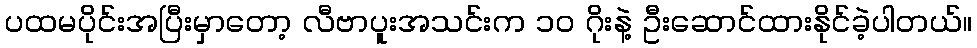
ပထမပိုင်းအပြီးမှာတော့ လီဗာပူးအသင်းက ၁၀ ဂိုးနဲ့ ဦးဆောင်ထားနိုင်ခဲ့ပါတယ်။